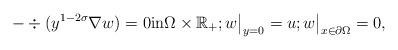
LaTeX: \begin{align*}-\div (y^{1-2\sigma }\nabla w)=0\mbox{in}\Omega\times\mathbb R_+;w\big|_{y=0}=u;w\big|_{x\in\partial\Omega}=0,\end{align*}